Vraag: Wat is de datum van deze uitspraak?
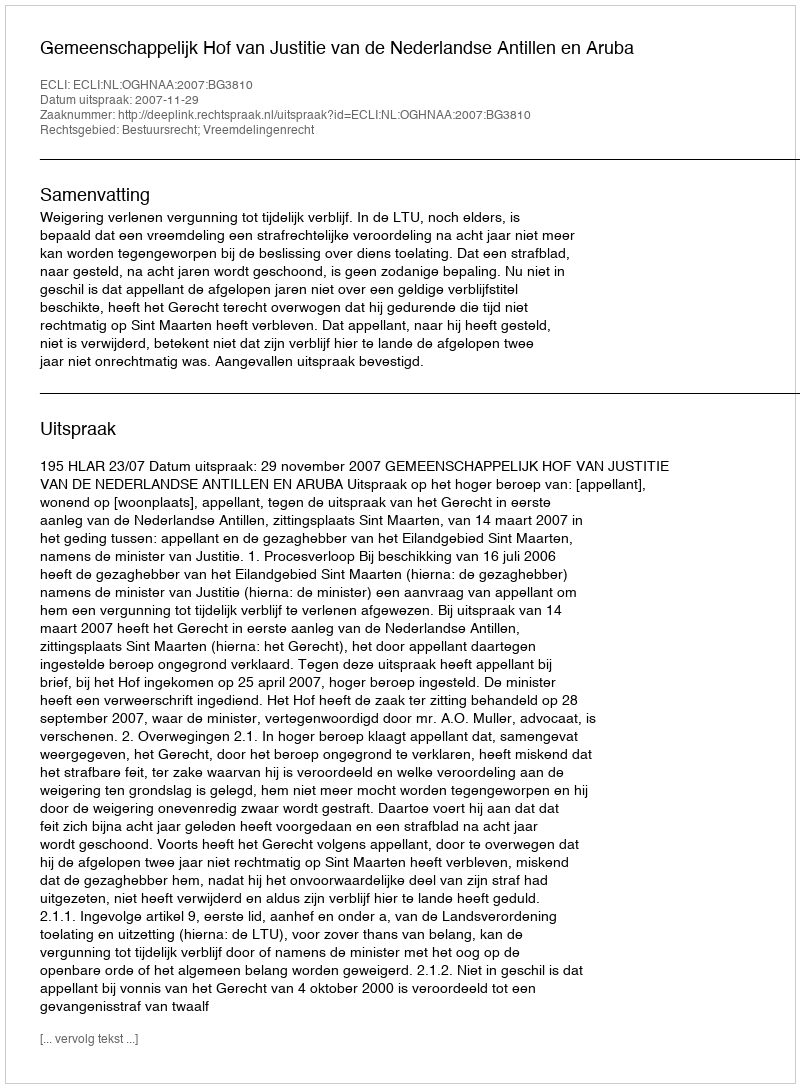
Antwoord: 2007-11-29